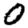
Digit: 0